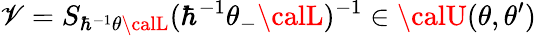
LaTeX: \mathscr{V}=S_{\hbar^{-1}\theta{\calL}}(\hbar^{-1}\theta_{-}{\calL})^{-1}\in{\calU}(\theta,\theta^{\prime})